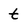
Character: t